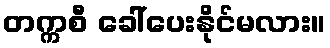
တက္ကစီ ခေါ်ပေးနိုင်မလား။